Report of the Bombay Plague Committee
Disease focus: Plague
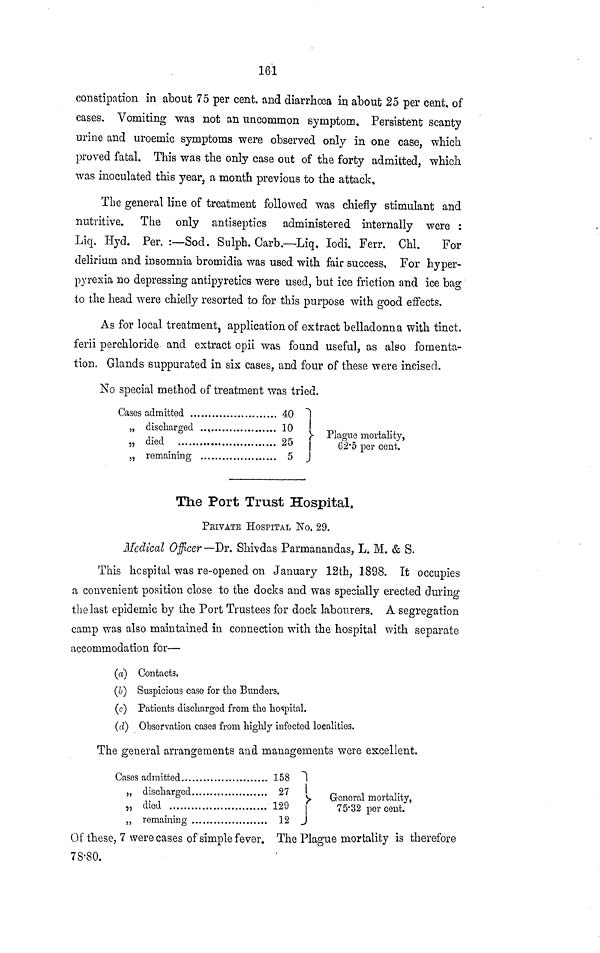
161
constipation in about 75 per cent, and diarrhoea in about 25 per cent, of
cases. Vomiting was not an uncommon symptom. Persistent scanty
urine and uroemic symptoms were observed only in one case, which
proved fatal. This was the only case out of the forty admitted, which
was inoculated this year, a month previous to the attack.
The general line of treatment followed was chiefly stimulant and
nutritive. The only antiseptics administered internally were :
Liq. Hyd. Per. :—Sod. Sulph. Garb.—Liq. Iodi. Ferr. Chi.
For
delirium and insomnia bromidia was used with fair success, For hyper-
pyrexia no depressing antipyretics were used, but ice friction and ice bag
to the head were chiefly resorted to for this purpose with good effects.
As for local treatment, application of extract belladonna with tinct.
ferii perchloride and extract opii was found useful, as also fomenta-
tion. Glands suppurated in six cases, and four of these were incised.
No special method of treatment was tried.
Cases
„
„
„
; admitted
40
discharged ..,
10
died
25
remaining
5
Plague
mortality,
62·5 per cent.
The Port Trust Hospital.
PRIVATE HOSPITAL No. 29.
Medical Officer —Dr. Shivdas Parmanandas, L. M. & S.
This hospital was re-opened on January 12th, 1898. Tt occupies
a convenient position close to the docks and was specially erected during
the last epidemic by the Port Trustees for dock labourers. A segregation
camp was also maintained in connection with the hospital with separate
accommodation for—
(a) Contacts,
(b) Suspicious case for the Bunders.
(c) Patients discharged from the hospital.
(d) Observation cases from highly infected localities.
The general arrangements and managements were excellent.
Cases
„
„
admitted
discharged
died
remaining
158
27
129
12
r
General mortality,
75·32 per cent.
Of these, 7 were cases of simple fever. The Plague mortality is therefore
78-80.